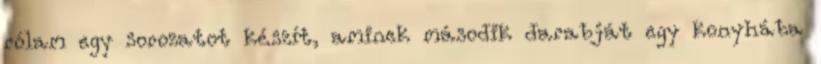
rólam egy sorozatot készít, aminek második darabját egy konyhába